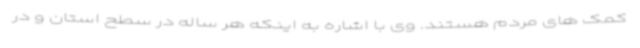
کمک های مردم هستند. وی با اشاره به اینکه هر ساله در سطح استان و در